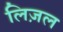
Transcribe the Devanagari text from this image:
लिज़ल